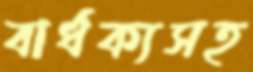
বার্ধক্যসহ